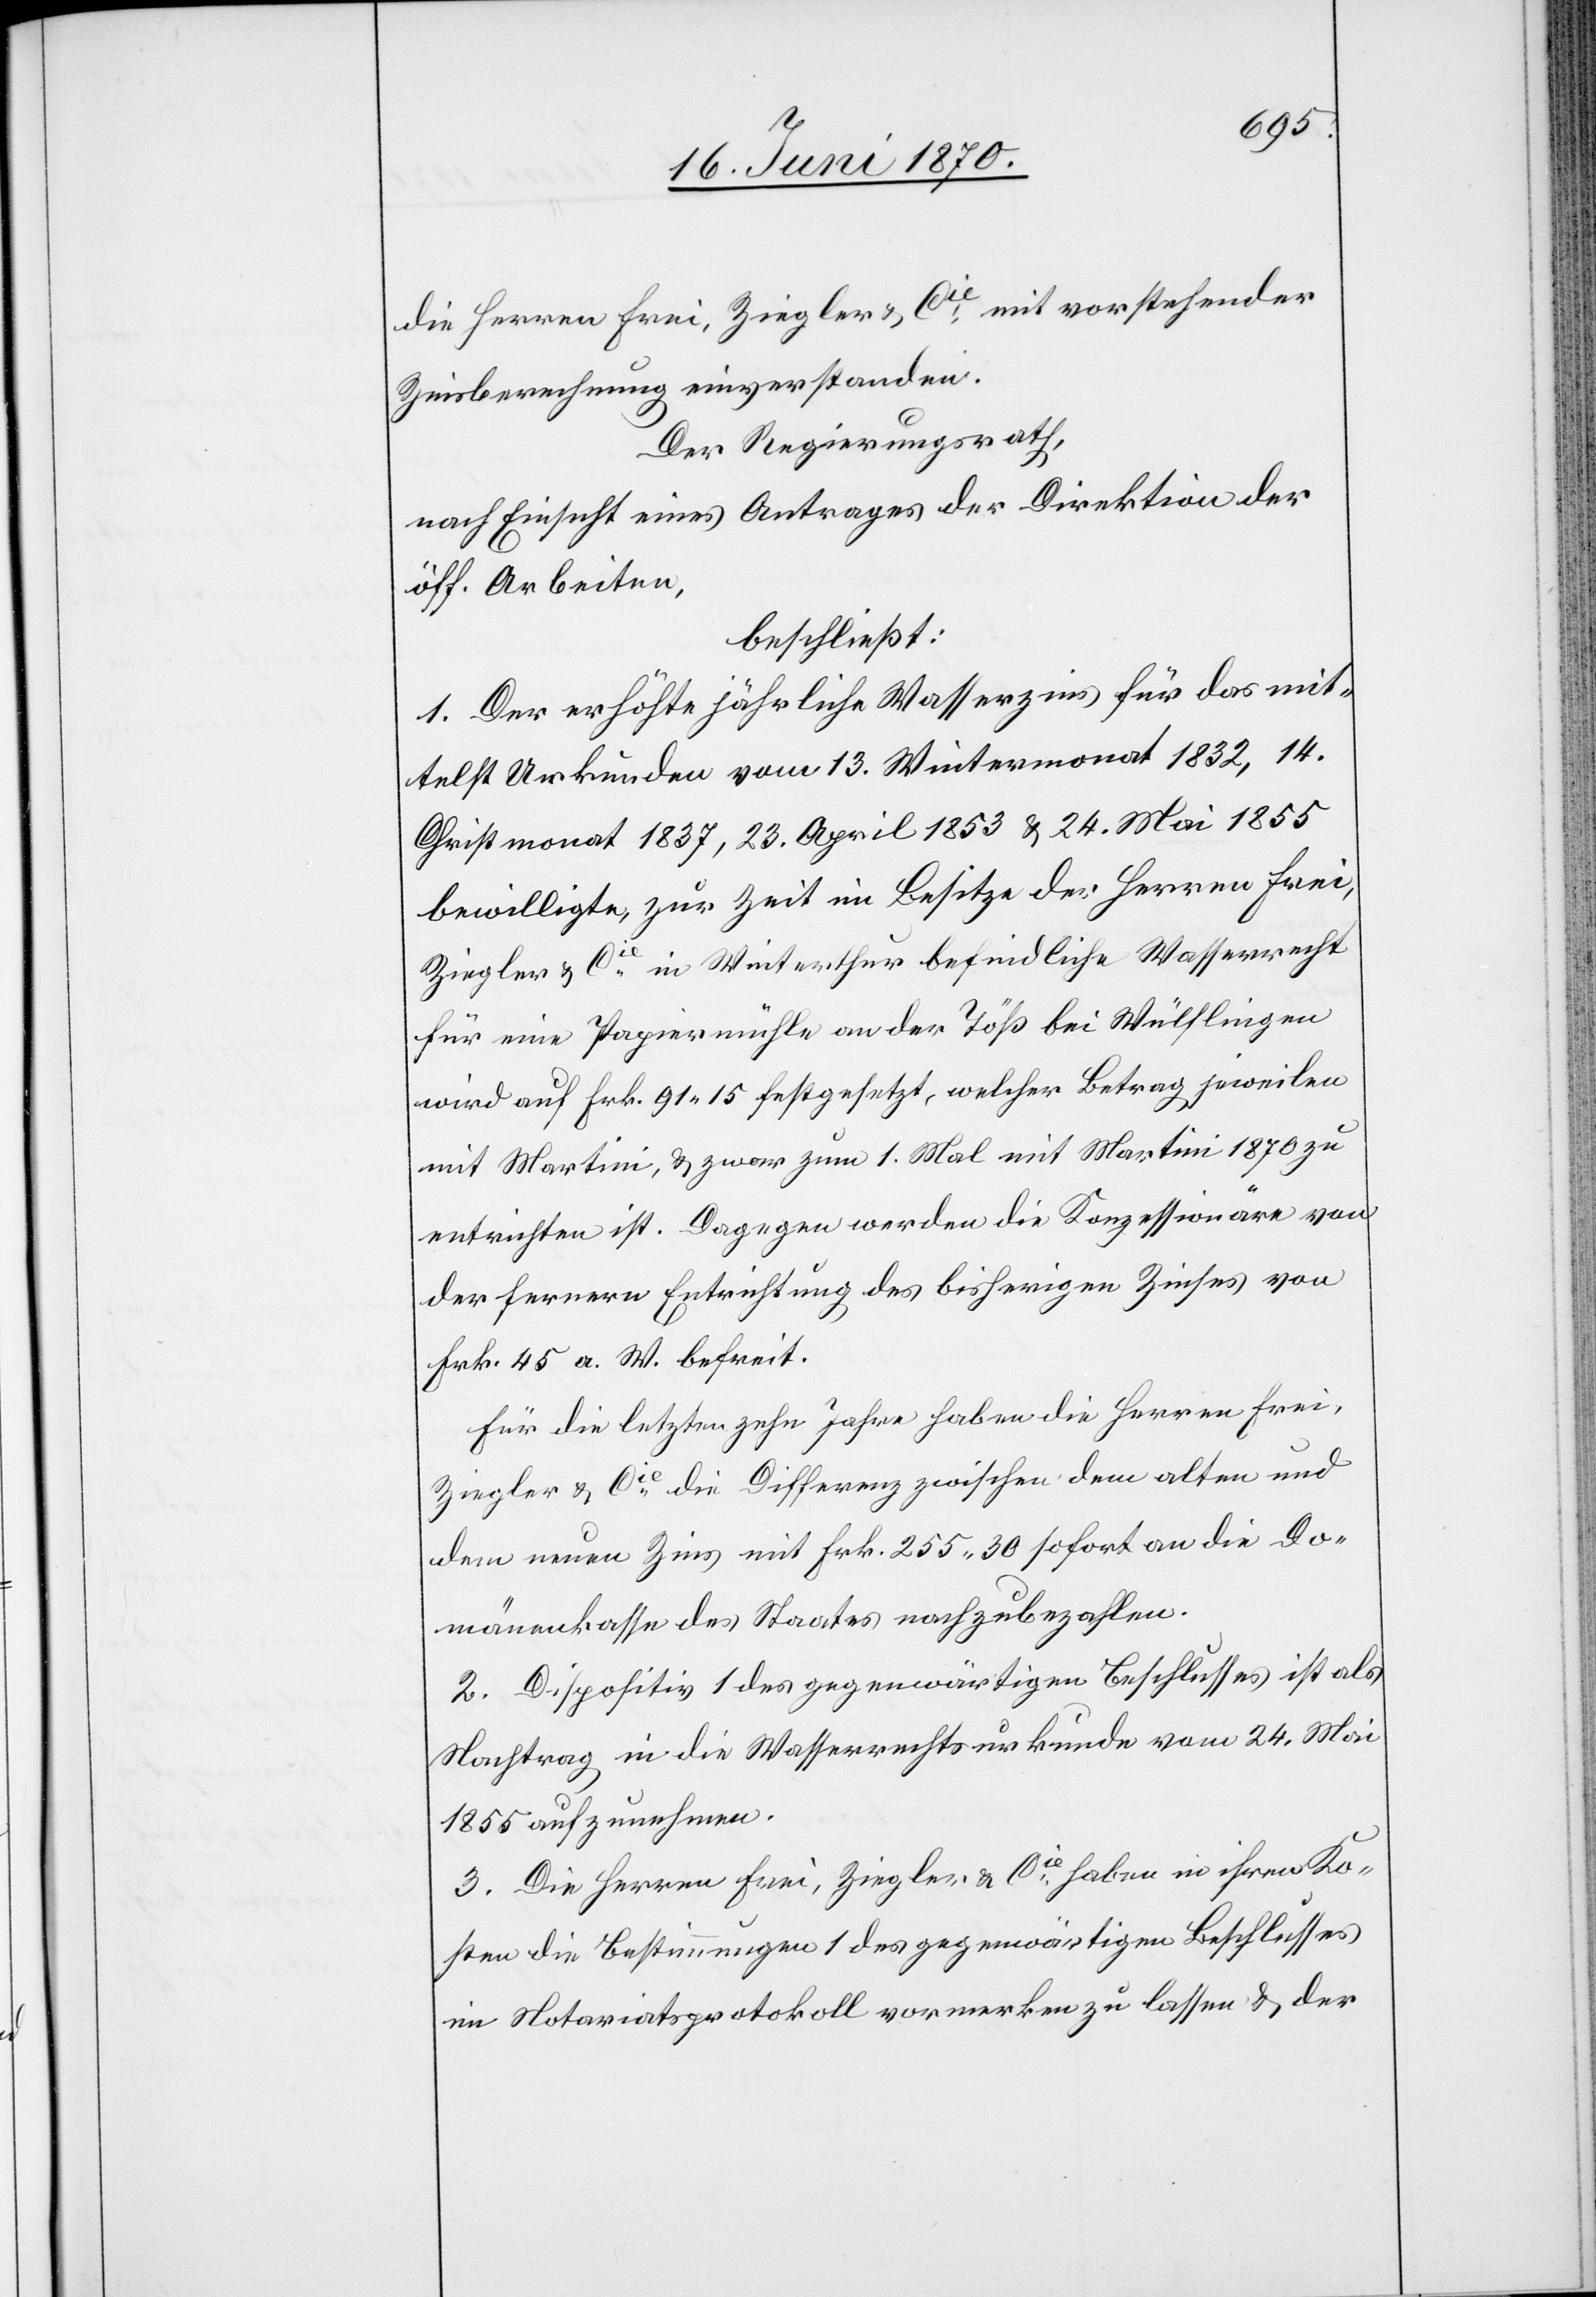
die Herren Frei, Ziegler & Cie mit vorstehender
Zinsberechnung einverstanden.
Der Regierungsrath,
nach Einsicht eines Antrages der Direktion der
öff. Arbeiten,
beschließt:
1. Der erhöhte jährliche Wasserzins für das mit¬
telst Urkunden vom 13. Wintermonat 1832, 14.
Christmonat 1837, 23. April 1853 & 24. Mai 1855
bewilligte, zur Zeit im Besitze der Herren Frei,
Ziegler & Cie in Winterthur befindliche Wasserrecht
für eine Papiermühle an der Töß bei Wülflingen
wird auf Frk. 91.15 festgesetzt, welcher Betrag jeweilen
mit Martini, & zwar zum 1. Mail mit Martini 1870 zu
entrichten ist. Dagegen werden die Konzessionäre von
der fernern Entrichtung des bisherigen Zinses von
Frk. 45 a. W. befreit.
Für die letzten zehn Jahre haben die Herren Frei,
Ziegler & Cie die Differenz zwischen dem alten und
dem neuen Zins mit Frk. 255.30 sofort an die Do¬
mänenkasse des Staates nachzubezahlen.
2. Dispositiv 1 des gegenwärtigen Beschlusses ist als
Nachtrag in die Wasserrechtsurkunde vom 24. Mai
1855 aufzunehmen.
3. Die Herren Frei, Ziegler & Cie haben in ihren Ko¬
sten die Bestimmungen 1 des gegenwärtigen Beschlusses
im Notariatsprotokoll vormerken zu lassen & der